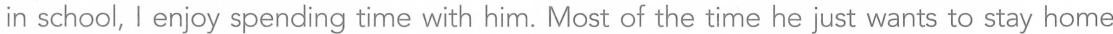
in school,I enjoy spending time with him. Most of the time he just wants to stay home